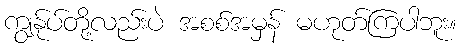
ကျွန်ုပ်တို့လည်းပဲ အစစ်အမှန် မဟုတ်ကြပါဘူး။